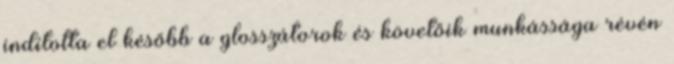
indította el később a glosszátorok és követőik munkássága révén